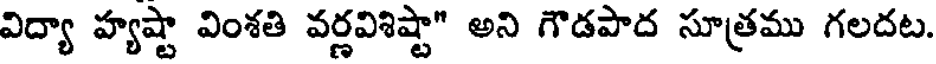
విద్యా హ్యష్టా వింశతి వర్ణవిశిష్టా" అని గౌడపాద సూత్రము గలదట.